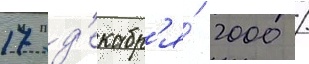
17 д'екабр'я́ 2000 /